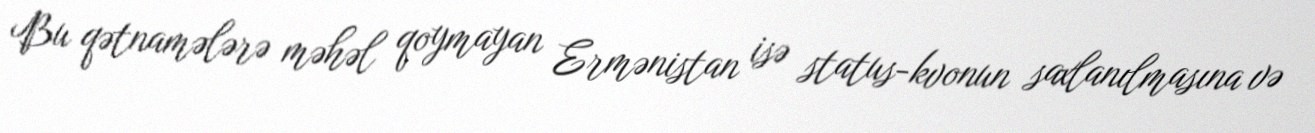
Bu qətnamələrə məhəl qoymayan Ermənistan isə status-kvonun saxlanılmasına və